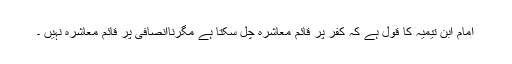
امام ابن تیمیہؒ کا قول ہے کہ کفر پر قائم معاشرہ چل سکتا ہے مگرناانصافی پر قائم معاشرہ نہیں ۔